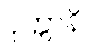
ပုတ္တာနိ